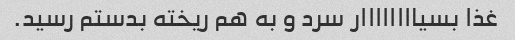
غذا بسیاااااااار سرد و به هم ریخته بدستم رسید.